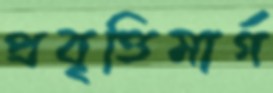
প্রবৃত্তিমার্গ